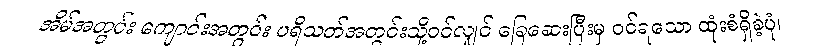
အိမ်အတွင်း ကျောင်းအတွင်း ပရိသတ်အတွင်းသို့ဝင်လျှင် ခြေဆေးပြီးမှ ဝင်ရသော ထုံးစံရှိခဲ့ပုံ၊